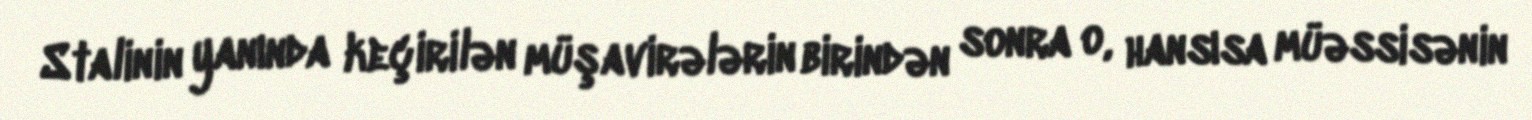
Stalinin yanında keçirilən müşavirələrin birindən sonra o, hansısa müəssisənin